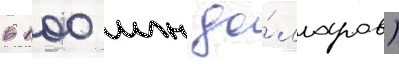
в 100 млн до́лларов)